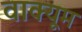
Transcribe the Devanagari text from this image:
वाक्यूम